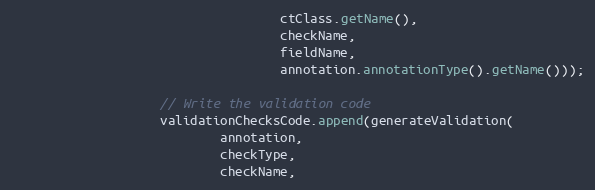
Language: Java
                                    ctClass.getName(),
                                    checkName,
                                    fieldName,
                                    annotation.annotationType().getName()));

                    // Write the validation code
                    validationChecksCode.append(generateValidation(
                            annotation,
                            checkType,
                            checkName,